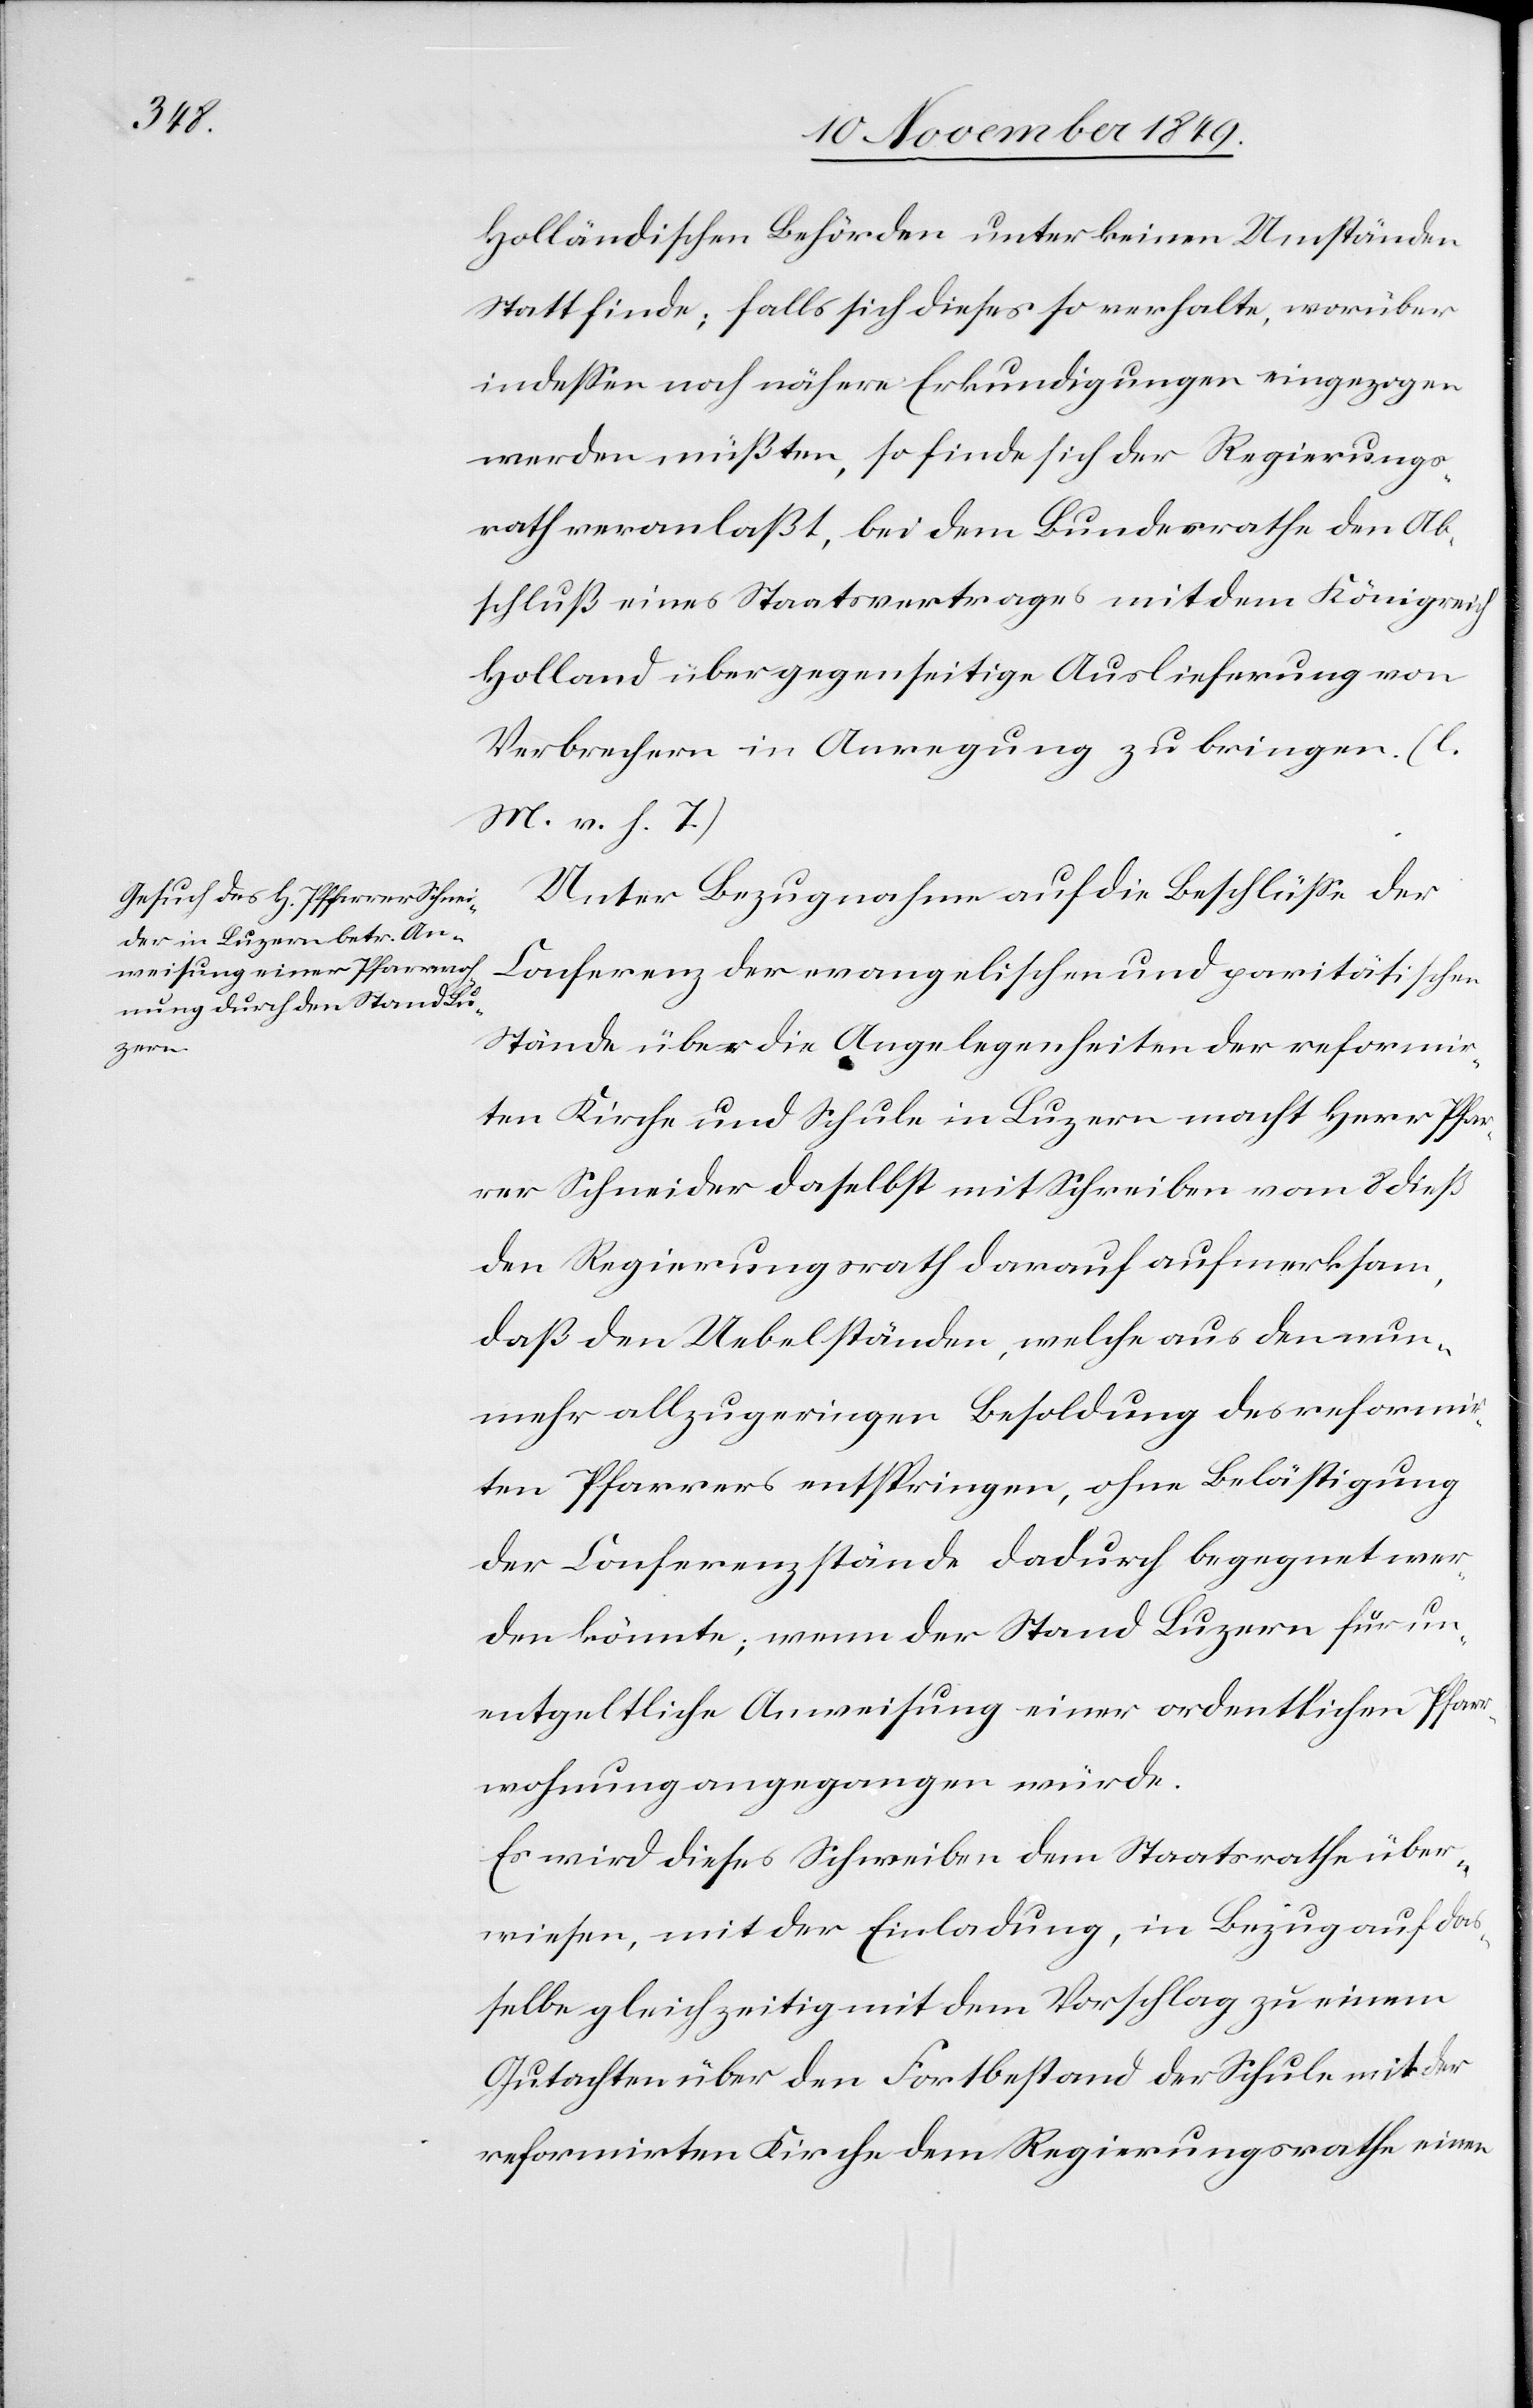
holländischen Behörden unter keinen Umständen
Statt finde; falls sich dieses so verhalte, worüber
indeßen noch nähere Erkundigungen eingezogen
werden müßten, so finde sich der Regierungs¬
rath veranlaßt, bei dem Bundesrathe den Ab¬
schluß eines Staatsvertrages mit dem Königreich
Holland über gegenseitige Auslieferung von
Verbrechern in Anregung zu bringen. [l.
M. v. h. T]
Unter Bezugnahme auf die Beschlüße der
Conferenz der evangelischen und paritätischen
Stände über die Angelegenheiten der refomir¬
ten Kirche und Schule in Luzern macht Herr Pfar¬
rer Schneider daselbst mit Schreiben vom 8 dieß
den Regierungsrath darauf aufmerksam,
daß den Uebelständen, welche aus den [sic!] nun¬
mehr allzu geringen Besoldung des reformir¬
ten Pfarrers entspringen, ohne Belästigung
der Conferenzstände dadurch begegnet wer¬
den könnte; wenn der Stand Luzern für un¬
entgeldliche Anweisung einer ordentlichen Pfar¬
rwohnung angegangen würde.
Es wird dieses Schreiben dem Staatsrathe über¬
wiesen, mit der Einladung, in Bezug auf das¬
selbe gleichzeitig mit dem Vorschlag zu einem
Gutachten über den Fortbestand der Schule mit der
refomirten Kirche dem Regierungsrathe einen